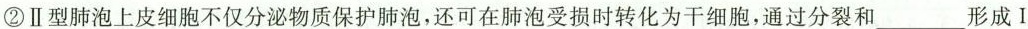
②Ⅱ型肺泡上皮细胞不仅分泌物质保护肺泡，还可在肺泡受损时转化为干细胞，通过分裂和____形成 I